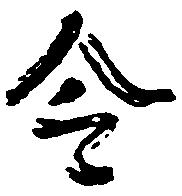
令